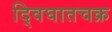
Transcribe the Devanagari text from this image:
द्विघातचक्र